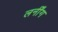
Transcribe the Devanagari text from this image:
लर्नींग